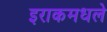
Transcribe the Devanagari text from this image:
इराकमधले